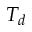
T _ { d }